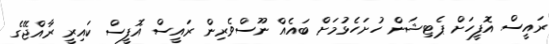
ރައީސް އޮފީހަށް ޕެޓިޝަން ހުށަހެޅުމަށް ބައެއް ނޫސްވެރިން ރައީސް އޮފީސް ކައިރީ ރާއްޖޭގެ